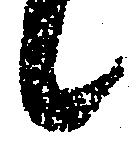
候